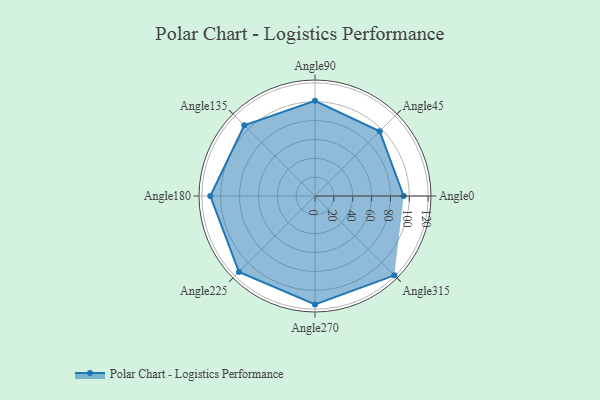
{"axis": {"x": "Angle", "y": "Radius"}, "legend": [""], "data": [{"x": "Angle0", "y": 94.0, "type": ""}, {"x": "Angle45", "y": 97.0, "type": ""}, {"x": "Angle90", "y": 101.0, "type": ""}, {"x": "Angle135", "y": 106.0, "type": ""}, {"x": "Angle180", "y": 111.0, "type": ""}, {"x": "Angle225", "y": 114.0, "type": ""}, {"x": "Angle270", "y": 115.0, "type": ""}, {"x": "Angle315", "y": 119.0, "type": ""}]}